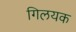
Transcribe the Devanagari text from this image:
गिलयक